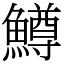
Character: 鱒